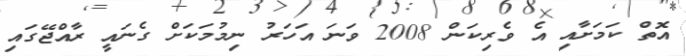
އޮތް ކަމަށާއި އެ ވެރިކަން 2008 ވަނަ އަހަރު ނިމުމަކަށް ގެނައީ ރާއްޖޭގައި